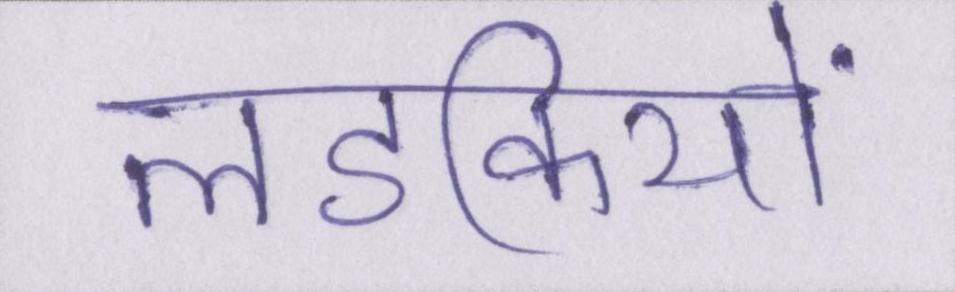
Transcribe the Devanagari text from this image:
लडकियों